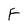
Character: F